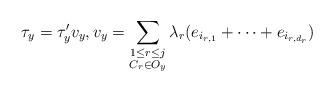
LaTeX: \begin{align*}\tau_y = \tau'_y v_y, v_y = \sum_{\substack{1 \leq r \leq j \\ C_r \in O_y}} \lambda_r (e_{i_{r,1}} + \dots + e_{i_{r,d_r}})\end{align*}